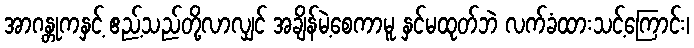
အာဂန္တုကနှင့် ဧည့်သည်တို့လာလျှင် အချိန်မဲ့စေကာမူ နှင်မထုတ်ဘဲ လက်ခံထားသင့်ကြောင်း၊